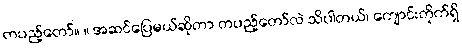
တပည့်တော်။ ။ အဆင်ပြေမယ်ဆိုတာ တပည့်တော်လဲ သိပါတယ်၊ ကျောင်းတိုက်ရှိ